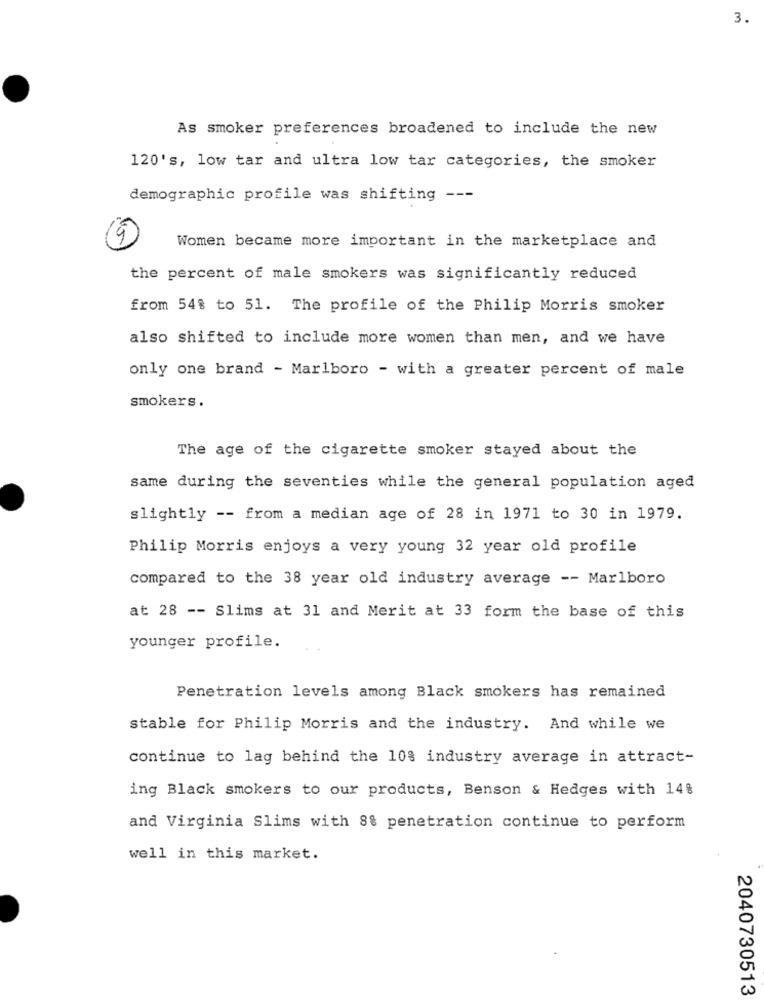
3.
As smoker preferences broadened to include the new
120's, low tar and ultra low tar categories, the smoker
demographic profile was shifting ---
Women became more important in the marketplace and
the percent of male smokers was significantly reduced
from 54% to 51. The profile of the Philip Morris smoker
also shifted to include more women than men, and we have
only one brand - Marlboro - with a greater percent of male
smokers.
The age of the cigarette smoker stayed about the
same during the seventies while the general population aged
slightly -- from a median age of 28 in 1971 to 30 in 1979.
Philip Morris enjoys a very young 32 year old profile
compared to the 38 year old industry average -- Marlboro
at 28 -- Slims at 31 and Merit at 33 form the base of this
younger profile.
Penetration levels among Black smokers has remained
stable for Philip Morris and the industry. And while we
continue to lag behind the 108 industry average in attract-
ing Black smokers to our products, Benson & Hedges with 14%
and Virginia Slims with 8% penetration continue to perform
well in this market.
2040730513